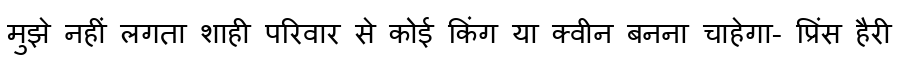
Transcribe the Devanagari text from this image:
मुझे नहीं लगता शाही परिवार से कोई किंग या क्वीन बनना चाहेगा- प्रिंस हैरी